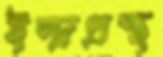
ইন্দ্রপ্রস্থ